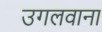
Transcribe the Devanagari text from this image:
उगलवाना